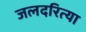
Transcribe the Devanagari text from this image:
जलदरित्या